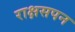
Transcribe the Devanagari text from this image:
राक्षसपन